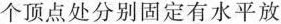
个顶点处分别固定有水平放